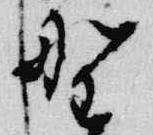
野